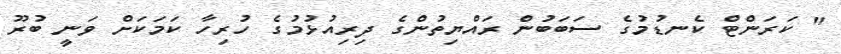
" ކަރަންޓް ކެނޑުމުގެ ސަބަބުން ރައްޔިތުންގެ ދިރިއުޅުމުގެ ހުރިހާ ކަމަކަށް ވަނީ ބުރޫ